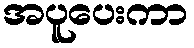
အပူပေးကာ